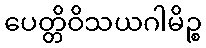
ပေတ္တိဝိသယဂါမိဉ္စ